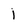
Character: I